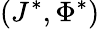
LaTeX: (J^{*},\Phi^{*})